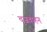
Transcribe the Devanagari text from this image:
वृजवाहन